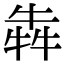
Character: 犇